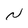
Character: N